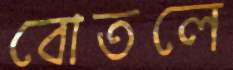
বোতলে